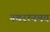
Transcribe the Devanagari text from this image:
नवरत्नमय